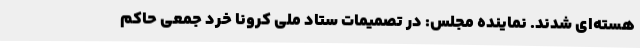
هسته‌ای شدند. نماینده مجلس: در تصمیمات ستاد ملی کرونا خرد جمعی حاکم